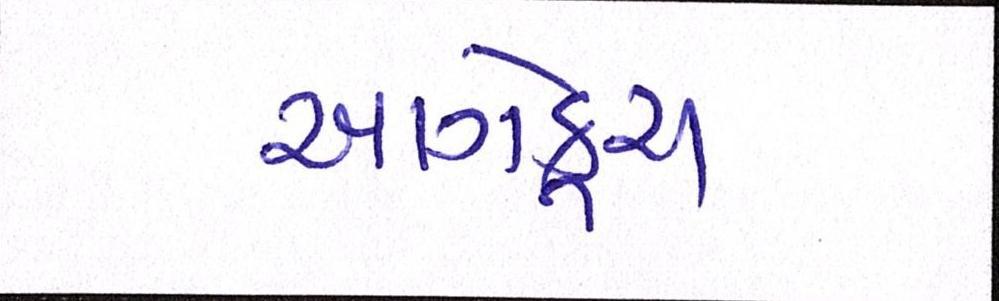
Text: આગેકૂચ